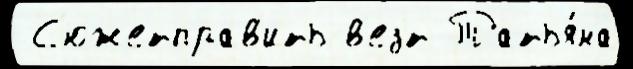
 С'южетправ'ить в'ез'́т Татья́на